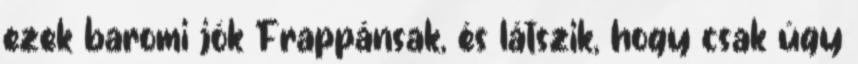
ezek baromi jók Frappánsak, és látszik, hogy csak úgy